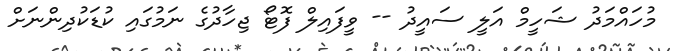
މުހައްމަދު ޝަހީމް އަލީ ސައީދު -- ވީފައިލް ފޮޓޯ ޖިހާދުގެ ނަމުގައި ކުޑަކުދިންނަށް